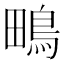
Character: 鴫